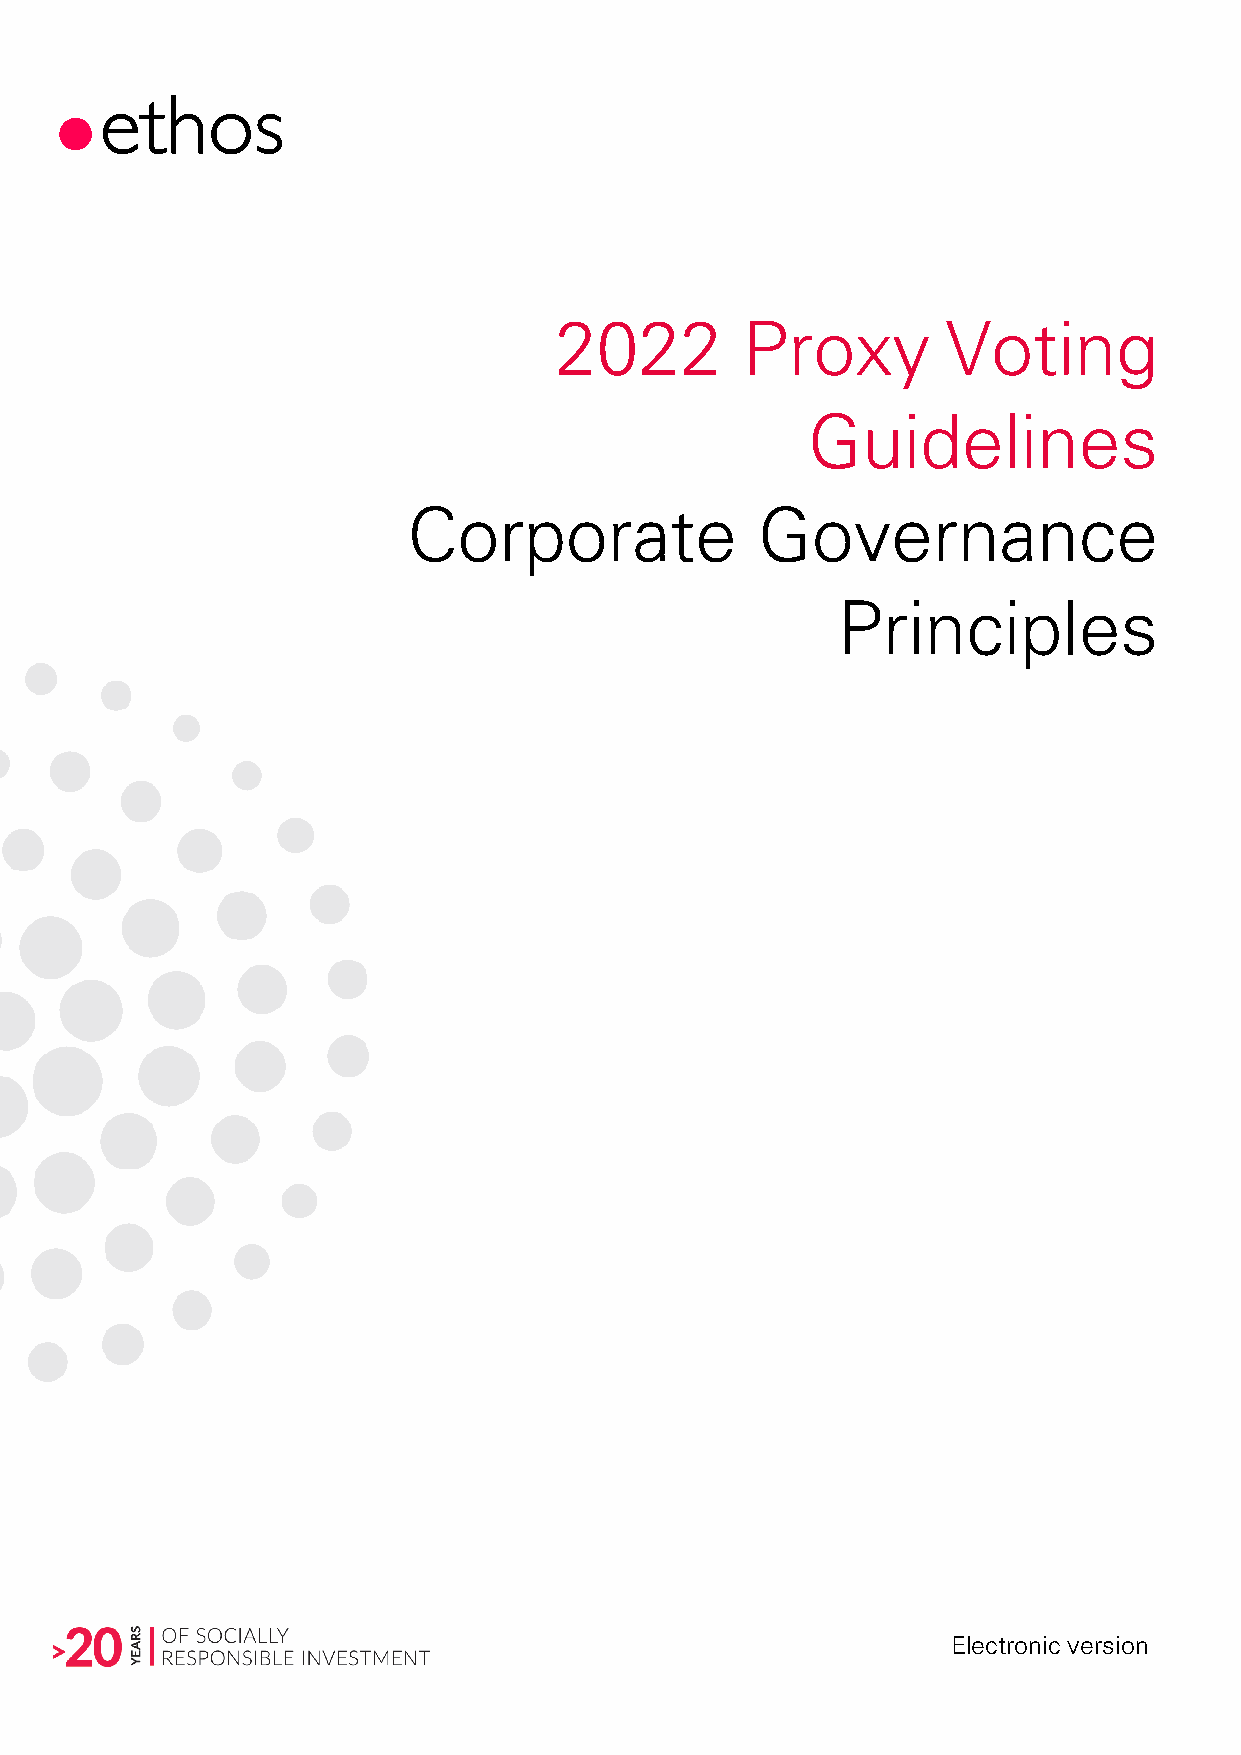
2022        Proxy         Voting
 Guidelines
 Corporate              Governance
 Principles
 Electronic version